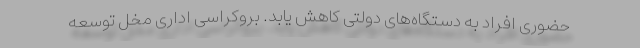
حضوری افراد به دستگاه‌های دولتی کاهش یابد. بروکراسی اداری مخل توسعه